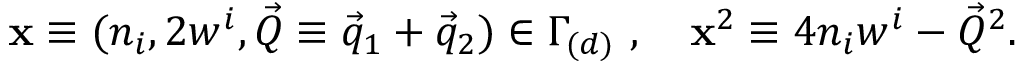
{ \bf x } \equiv ( n _ { i } , 2 w ^ { i } , \vec { Q } \equiv \vec { q } _ { 1 } + \vec { q } _ { 2 } ) \in \Gamma _ { ( d ) } ~ , ~ ~ ~ { \bf x } ^ { 2 } \equiv 4 n _ { i } w ^ { i } - \vec { Q } ^ { 2 } .